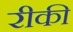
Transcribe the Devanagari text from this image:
रीकी